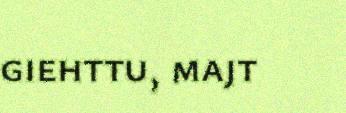
giehttu, majt